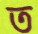
ত